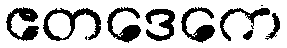
ဧတဒေကေ